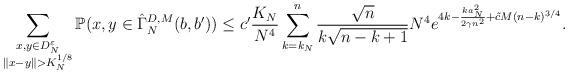
LaTeX: \begin{align*}\sum_{\substack{x,y\in D_{N}^{\varepsilon}\\ \|x-y\|>K_{N}^{1/8}}}\mathbb{P}(x,y\in\hat{\Gamma}_{N}^{D,M}(b,b'))\leq c'\frac{K_{N}}{N^{4}}\sum_{k=k_{N}}^{n}\frac{\sqrt{n}}{k\sqrt{n-k+1}}N^{4}e^{4k-\frac{ka_{N}^{2}}{2\gamma n^{2}}+\tilde{c}M(n-k)^{3/4}}.\end{align*}